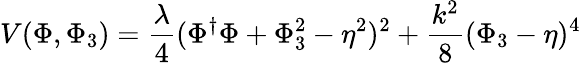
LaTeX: V(\Phi,\Phi_{3})={\frac{\lambda}{4}}(\Phi^{\dagger}\Phi+\Phi_{3}^{2}-\eta^{2})^{2}+{\frac{k^{2}}{8}}(\Phi_{3}-\eta)^{4}